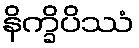
နိက္ခိပိဿံ